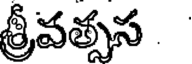
శ్రీవత్సస